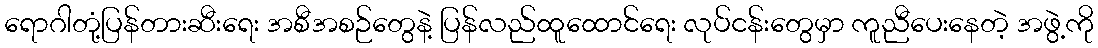
ရောဂါတုံ့ပြန်တားဆီးရေး အစီအစဉ်တွေနဲ့ ပြန်လည်ထူထောင်ရေး လုပ်ငန်းတွေမှာ ကူညီပေးနေတဲ့ အဖွဲ့ကို